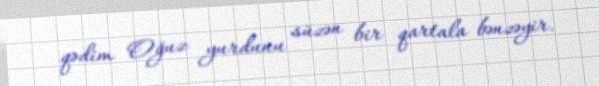
qədim Oğuz yurdunu süzən bir qartala bənzəyir.